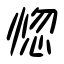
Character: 惚